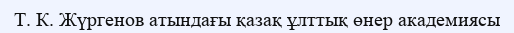
Т. К. Жүргенов атындағы қазақ ұлттық өнер академиясы